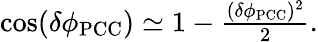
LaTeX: \begin{array}{r}{\cos(\delta\phi_{\mathrm{PCC}})\simeq 1-\frac{(\delta\phi_{\mathrm{PCC}})^{2}}{2}.}\end{array}